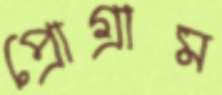
প্রোগ্রাম